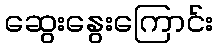
ဆွေးနွေးကြောင်း